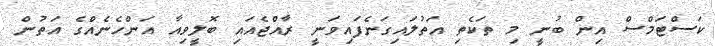
ކަސްޓަމްސް އިން ބުނީ މި ތަކެތި އަތުލައިގަނެފައިވަނީ ރާއްޖެއައި ބޮލީވިއާ އަންހެނެއްގެ އަތުން